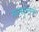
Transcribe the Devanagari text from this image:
मालवाहुविमानाला